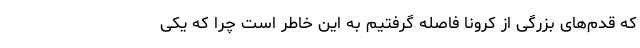
که قدم‌های بزرگی از کرونا فاصله گرفتیم به این خاطر است چرا که یکی